Report on the lunatic asylums under the Government of Bombay - 1904-1913
Year: 1904
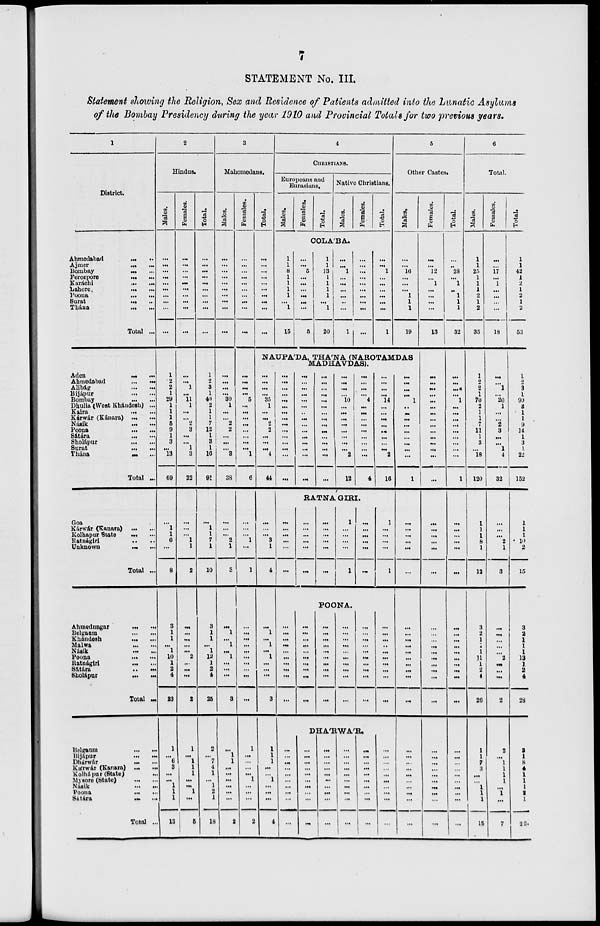
7
STATEMENT No. III.
Statement showing the Religion, Sex and Residence of Patients admitted into the Lunatic Asylums
of the Bombay Presidency during the year 1910 and Provincial Totals for two previous years.
1
District.
Ahmedabad
...
...
Ajmer
...
...
Bombay
...
...
Ferozpore ... ...
Karáchi
...
...
Lahore ... ...
Poona
...
...
Surat
...
...
Thána
...
...
Total ...
Aden
...
...
Ahmedabad
...
...
Alibág
...
...
Bijápur
...
...
Bombay
...
...
Dhulia (West Khándesh) ...
Kaira
...
...
Kárwár (Kánara) ...
...
Násik
...
...
Poona
...
...
Sátára
...
...
Sholápur
...
...
Surat
...
...
Thána
...
...
Total ...
Goa ... ...
Kárwár (Kanara) ... ...
Kolhapur State ... ...
Ratnágiri ... ...
Unknown
...
...
Total ...
Ahmednagar
...
...
Belgaum
...
...
Khándesh
...
...
Malwa
...
...
Násik
...
...
Poona
...
...
Ratnágiri
...
...
Sátára
...
...
Sholápur ... ...
Total ...
Belgaum
...
...
Bijápur
...
...
Dhárwár ... ...
Kárwár (Kanara) ... ...
Kolhápur (State) ... ...
Mysore (State)
...
...
Násik
...
...
Poona
...
...
Sátára
...
...
Total ...
2
Hindus.
Males.
...
...
...
...
...
...
...
...
...
...
1
2
2
1
29
1
1
1
5
9
1
3
...
13
69
...
1
1
6
...
8
3
1
1
...
1
10
1
2
4
23
1
...
6
3
...
...
1
1
1
13
Females.
...
...
...
...
...
...
...
...
...
...
...
...
1
...
11
1
...
...
2
3
...
...
1
3
22
...
...
...
1
1
2
...
...
...
...
...
2
...
...
...
2
1
...
1
1
1
...
...
1
...
5
Total.
...
...
...
...
...
...
...
...
...
...
1
2
3
1
40
2
1
1
7
12
1
3
1
16
91
...
1
1
7
1
10
3
1
1
...
1
12
1
2
4
25
2
...
7
4
1
...
1
2
1
18
3
Mahomedans.
Males.
...
...
...
...
...
...
...
...
...
...
...
...
...
...
30
1
...
...
2
2
...
...
...
3
38
...
...
...
2
1
3
...
1
...
1
...
1
...
...
...
3
...
1
1
...
...
...
...
...
...
2
Females.
...
...
...
...
...
...
...
...
...
...
...
...
...
...
5
...
...
...
...
...
...
...
...
1
6
...
...
...
1
...
1
...
...
...
...
...
...
...
...
...
...
1
...
...
...
...
1
...
...
...
2
Total.
...
...
...
...
...
...
...
...
...
...
4
CHRISTIANS.
Europeans and
Eurasians.
Males.
1
1
8
1
1
1
1
...
1
15
Females.
Total.
Native Christians.
Males.
COLA'BA.
...
5
...
...
...
...
...
...
5
1
1
13
1
1
1
1
...
1
20
...
...
1
...
...
...
...
..
...
1
Females.
...
...
...
...
...
...
...
...
...
Total.
...
...
1
...
...
...
...
...
...
1
5
Other Castes.
Males.
...
...
16
...
...
...
1
1
1
19
NAUPA'DA, THA'NA (NAROTAMDAS
MADHAVDAS).
...
...
...
...
35
1
...
...
2
2
...
...
...
4
44
...
...
...
3
1
4
...
1
...
1
...
1
...
...
...
3
1
1
1
...
...
1
...
...
...
4
...
...
...
...
...
...
...
...
...
...
...
...
...
...
...
...
...
...
...
...
...
...
...
...
...
...
...
...
...
...
...
...
...
...
...
...
...
...
...
...
...
...
...
...
...
...
...
...
...
10
...
...
...
...
...
...
...
...
2
12
...
...
...
...
4
...
...
...
...
...
...
...
...
...
4
...
...
...
...
14
...
...
...
...
...
...
...
...
2
16
RATNA GIRI.
...
...
...
...
...
...
...
...
...
...
...
...
...
...
...
...
...
...
1
...
...
...
...
1
...
...
...
...
...
...
1
...
...
...
...
1
POONA.
...
...
...
...
...
...
...
...
...
...
...
...
...
...
...
...
...
...
...
...
...
...
...
...
...
...
...
...
...
...
...
...
...
...
...
...
...
...
...
...
...
...
...
...
...
...
...
...
...
...
...
...
...
...
...
...
...
...
...
...
DHA'RWA'R.
...
...
...
...
...
...
...
...
...
...
...
...
...
...
...
...
...
...
...
...
...
...
...
...
...
...
...
...
...
...
...
...
...
...
...
...
...
...
...
...
...
...
...
...
...
...
...
...
...
...
...
...
...
...
...
...
...
...
...
...
...
...
...
...
1
..
...
...
...
...
...
...
...
...
1
...
...
...
...
...
...
...
...
...
...
...
...
...
...
...
...
...
...
...
...
...
...
...
...
...
...
Females.
...
...
12
...
1
...
...
...
...
13
...
...
...
...
...
...
...
...
...
...
...
...
...
...
...
...
...
...
...
...
...
...
...
...
...
...
...
...
...
...
...
...
...
...
...
...
...
...
...
...
...
Total.
...
...
28
...
1
...
1
1
1
32
...
...
...
...
1
...
...
...
...
...
...
...
...
...
1
...
...
...
...
...
...
...
...
...
...
...
...
...
...
...
...
...
...
...
...
...
...
...
...
...
...
6
Total.
Males.
1
1
25
1
1
1
2
1
2
35
1
2
2
1
70
2
1
1
7
11
1
3
...
18
120
1
1
1
8
1
12
3
2
1
1
1
11
1
2
4
26
1
1
7
3
...
...
1
1
1
15
Females.
...
...
17
...
1
...
...
...
...
18
...
...
1
...
20
1
...
...
2
3
...
...
1
4
32
...
...
...
2
1
3
...
...
...
...
...
2
...
...
...
2
2
...
1
1
1
1
...
1
...
7
Total.
1
1
42
1
2
1
2
1
2
53
1
2
3
1
90
3
1
1
9
14
1
3
1
22
152
1
1
1
10
2
15
3
2
1
1
1
13
1
2
4
28
3
1
8
4
1
1
1
2
1
22